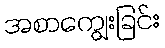
အစာကျွေးခြင်း